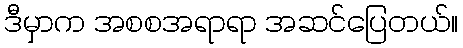
ဒီမှာက အစစအရာရာ အဆင်ပြေတယ်။